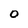
Character: 0